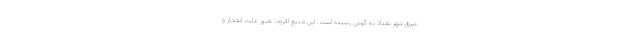
شرق شهر بغداد به گوش رسیده است. این منبع افزود: هنوز علت انفجار و